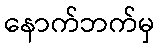
နောက်ဘက်မှ